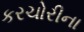
કરચોરીના